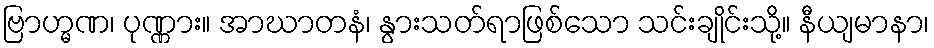
ဗြာဟ္မဏ၊ ပုဏ္ဏား။ အာဃာတနံ၊ နွားသတ်ရာဖြစ်သော သင်းချိုင်းသို့။ နီယျမာနာ၊